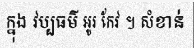
ក្នុង វប្បធម៌ អូរ កែវ ។ សំខាន់